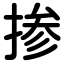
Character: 掺